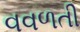
વવળતી